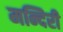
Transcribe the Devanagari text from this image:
मन्दिरी